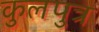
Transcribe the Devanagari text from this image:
कुलपुत्र